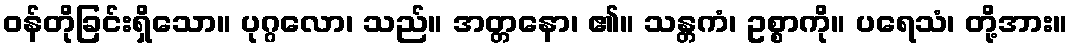
ဝန်တိုခြင်းရှိသော။ ပုဂ္ဂလော၊ သည်။ အတ္တနော၊ ၏။ သန္တကံ၊ ဥစ္စာကို။ ပရေသံ၊ တို့အား။